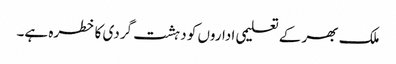
ملک بھر کے تعلیمی اداروں کو دہشت گردی کا خطرہ ہے۔